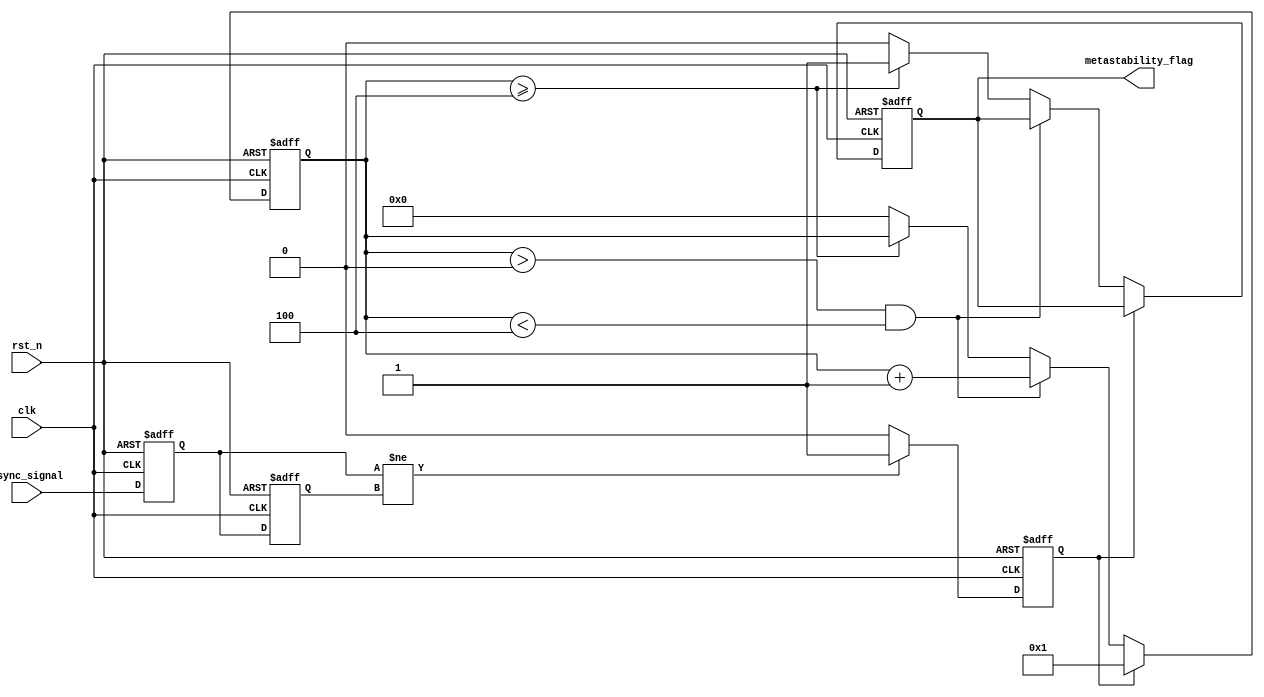
module metastability_detector (
    input wire clk,               // System clock
    input wire rst_n,             // Active-low reset
    input wire async_signal,      // Asynchronous input signal
    output reg metastability_flag  // Metastability flag output
);

    // Configuration parameters (can be adjusted as needed)
    parameter PULSE_WIDTH = 2;    // Pulse width in clock cycles
    parameter METASTABILITY_TIME = 4; // Duration to monitor metastability

    // Internal signals
    reg ff1, ff2;                 // Flip-flops for metastability detection
    reg pulse;                    // Pulse signal
    reg [3:0] metastability_counter; // Counter to monitor duration

    // Flip-flop sampling the asynchronous input signal
    always @(posedge clk or negedge rst_n) begin
        if (!rst_n) begin
            ff1 <= 1'b0;
            ff2 <= 1'b0;
            metastability_flag <= 1'b0;
            pulse <= 1'b0;
            metastability_counter <= 4'b0000;
        end else begin
            ff1 <= async_signal; // Sample async signal in ff1
            ff2 <= ff1;          // Sample ff1 output in ff2

            // Pulse generation on change of ff1
            if (ff1 != ff2) begin
                pulse <= 1'b1; // Set pulse high on change
            end else if (pulse) begin
                pulse <= 1'b0; // Reset pulse after one clock cycle
            end

            // Metastability detection logic
            if (pulse) begin
                metastability_counter <= 4'b0001; // Start counting on pulse
            end else if (metastability_counter > 0 && metastability_counter < METASTABILITY_TIME) begin
                metastability_counter <= metastability_counter + 1; // Increment counter
            end else if (metastability_counter >= METASTABILITY_TIME) begin
                metastability_flag <= 1'b1; // Assert metastability flag
            end else begin
                metastability_flag <= 1'b0; // Clear flag when no metastability detected
                metastability_counter <= 4'b0000; // Reset counter
            end
        end
    end

endmodule